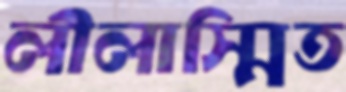
লীলাস্মিত